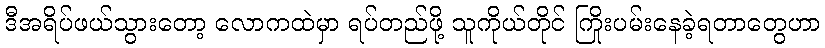
ဒီအရိပ်ဖယ်သွားတော့ လောကထဲမှာ ရပ်တည်ဖို့ သူကိုယ်တိုင် ကြိုးပမ်းနေခဲ့ရတာတွေဟာ